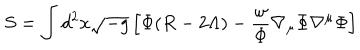
S = \int d ^ { 2 } x \sqrt { - g } \left[ \Phi ( R - 2 \Lambda ) - \frac { \omega } { \Phi } \nabla _ { \mu } \Phi \nabla ^ { \mu } \Phi \right]